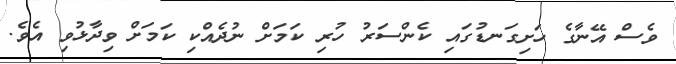
ވެސް އޭނާގެ ހަށިގަނޑުގައި ކެންސަރު ހުރި ކަމަށް ނުދެއްކި ކަމަށް ވިދާޅުވި އެވެ.